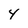
Character: 4